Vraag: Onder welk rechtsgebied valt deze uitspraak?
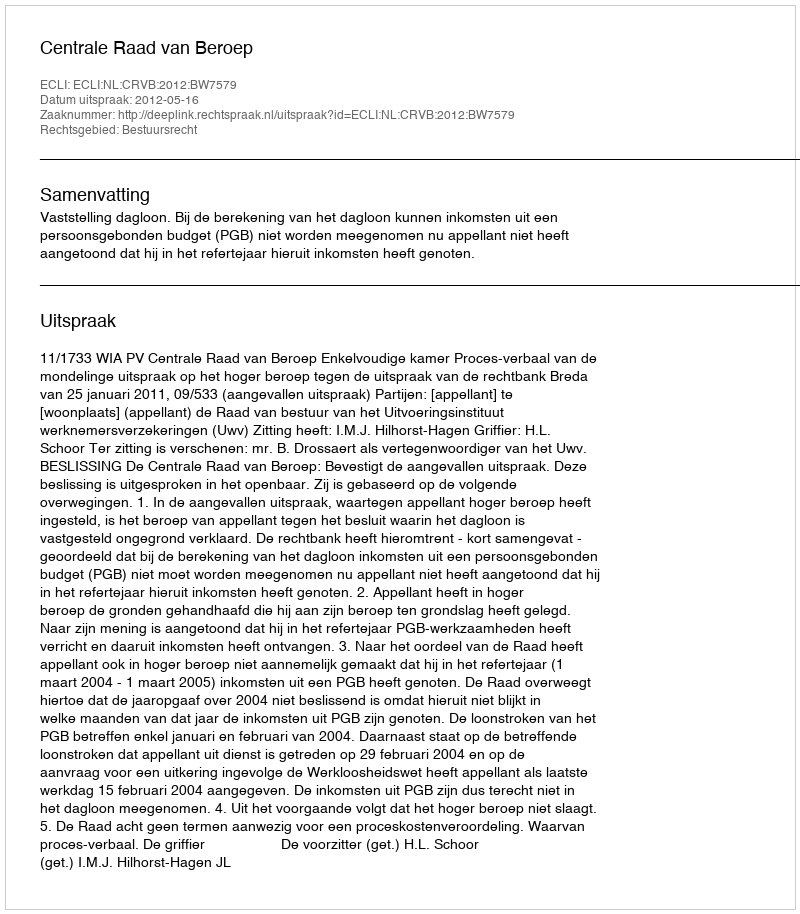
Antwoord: Bestuursrecht